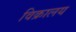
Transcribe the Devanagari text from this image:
विक्रालय